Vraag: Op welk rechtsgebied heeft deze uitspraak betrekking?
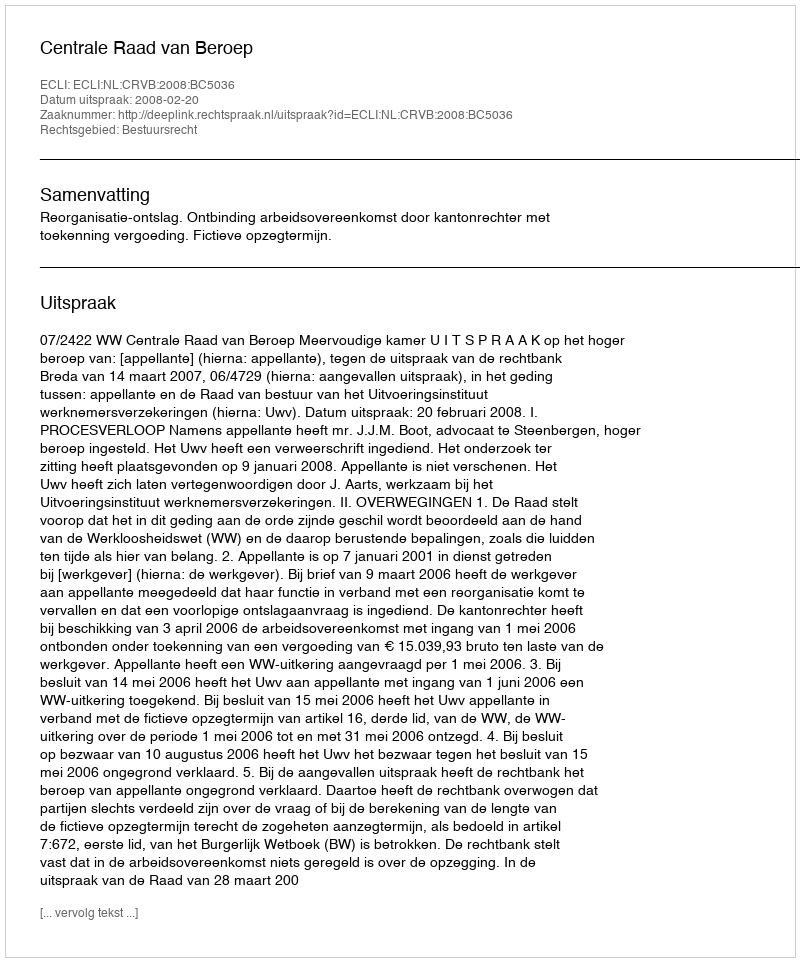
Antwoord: Bestuursrecht